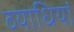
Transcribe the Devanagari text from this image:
व्‍याधियां